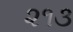
૨૧૩